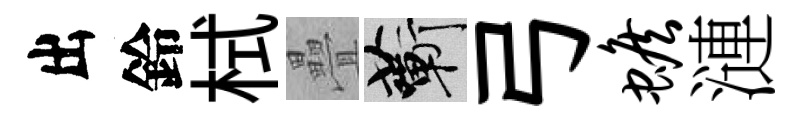
出鈴栻疊蔪弓蟾漣